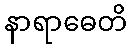
နာရာဓေတိ